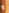
و